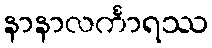
နာနာလင်္ကာရဿ